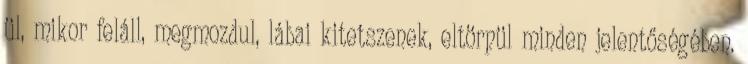
ül, mikor feláll, megmozdul, lábai kitetszenek, eltörpül minden jelentőségében.